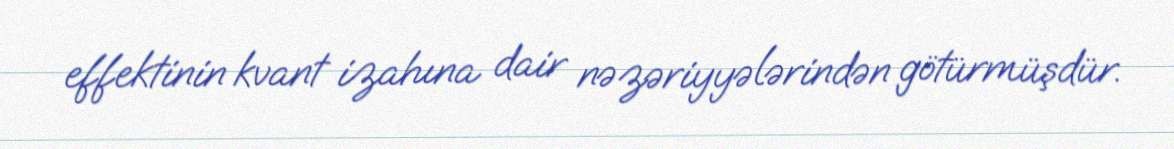
effektinin kvant izahına dair nəzəriyyələrindən götürmüşdür.